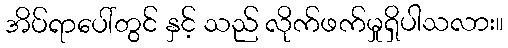
အိပ်ရာပေါ်တွင် နှင့် သည် လိုက်ဖက်မှုရှိပါသလား။